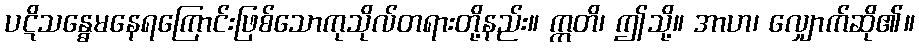
ပဋိသန္ဓေမနေရကြောင်းဖြစ်သောကုသိုလ်တရားတို့နည်း။ ဣတိ၊ ဤသို့။ အာဟ၊ လျှောက်ဆို၏။